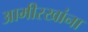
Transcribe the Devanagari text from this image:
आमीरखांना